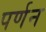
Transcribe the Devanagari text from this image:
पर्णन